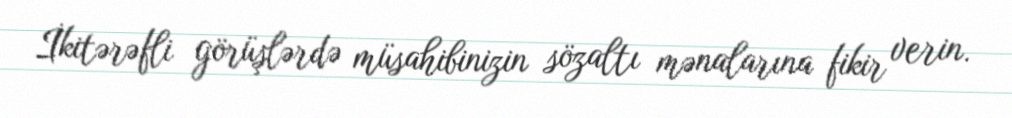
İkitərəfli görüşlərdə müsahibinizin sözaltı mənalarına fikir verin.